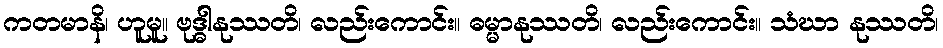
ကတမာနိ၊ ဟူမူ။ ဗုဒ္ဓါနုဿတိ၊ လည်းကောင်း။ ဓမ္မာနုဿတိ၊ လည်းကောင်း။ သံဃာ နုဿတိ၊